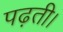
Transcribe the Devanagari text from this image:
पढ़ती।